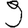
Digit: 9